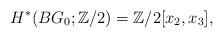
LaTeX: \begin{align*}H^{*}(BG_0;\mathbb{Z}/2)=\mathbb{Z}/2[x_2, x_3],\end{align*}